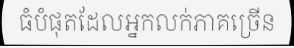
ធំបំផុតដែលអ្នកលក់ភាគច្រើន